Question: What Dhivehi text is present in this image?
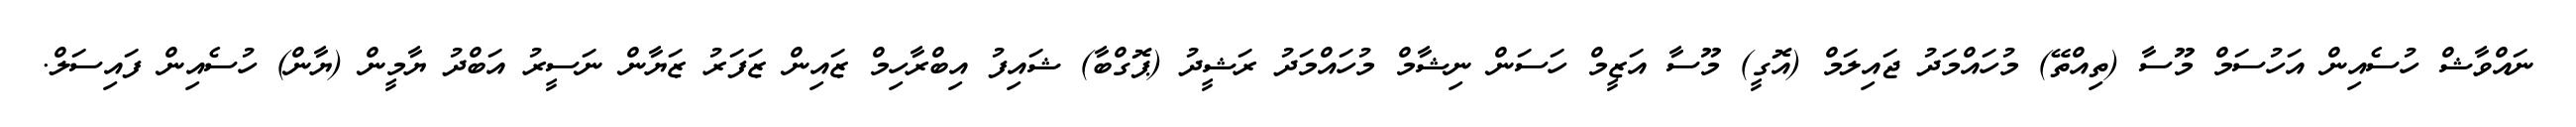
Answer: ނައްވާޝް ހުސެއިން އަހުސަމް މޫސާ (ތިއްތޭ) މުހައްމަދު ޖައިލަމް (އޮގީ) މޫސާ އަޒީމް ހަސަން ނިޝާމް މުހައްމަދު ރަޝީދު (ޕޮގްބާ) ޝައިފު އިބްރާހިމް ޒައިން ޒަފަރު ޒަޔާން ނަސީރު އަބްދު ޔާމީން (ޔާން) ހުސެއިން ފައިސަލް.